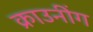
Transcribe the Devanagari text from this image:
क्राउनींग